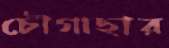
চৌগাছার